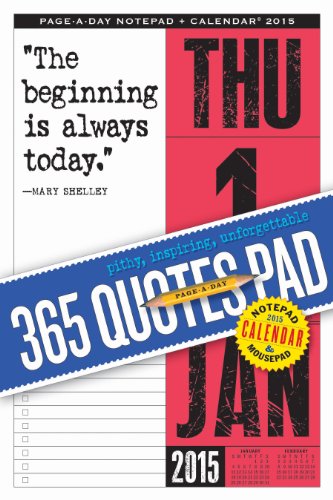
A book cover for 365 Quotes Page-a-Day Notepad and 2015 Calendar; Workman Publishing; Calendars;